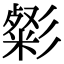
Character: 㣓